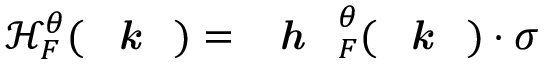
\mathcal { H } _ { F } ^ { \theta } ( \textbf { \textit { k } } ) = \textbf { \textit { h } } _ { F } ^ { \theta } ( \textbf { \textit { k } } ) \cdot \boldsymbol { \sigma }